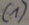
Text: (1)